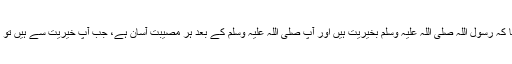
اس پر حضرت ہند نے کہا کہ رسول اللہ صلی اللہ علیہ وسلم بخیریت ہیں اور آپ صلی اللہ علیہ وسلم کے بعد ہر مصیبت آسان ہے، جب آپؐ خیریت سے ہیں تو پھر کوئی ایسی بات نہیں ۔